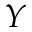
{ \cal Y }